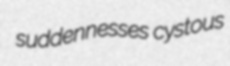
suddennesses cystous